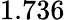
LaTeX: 1.736